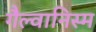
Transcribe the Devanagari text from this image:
गैल्वानिस्म